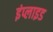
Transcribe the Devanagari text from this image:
इंप्लाइड